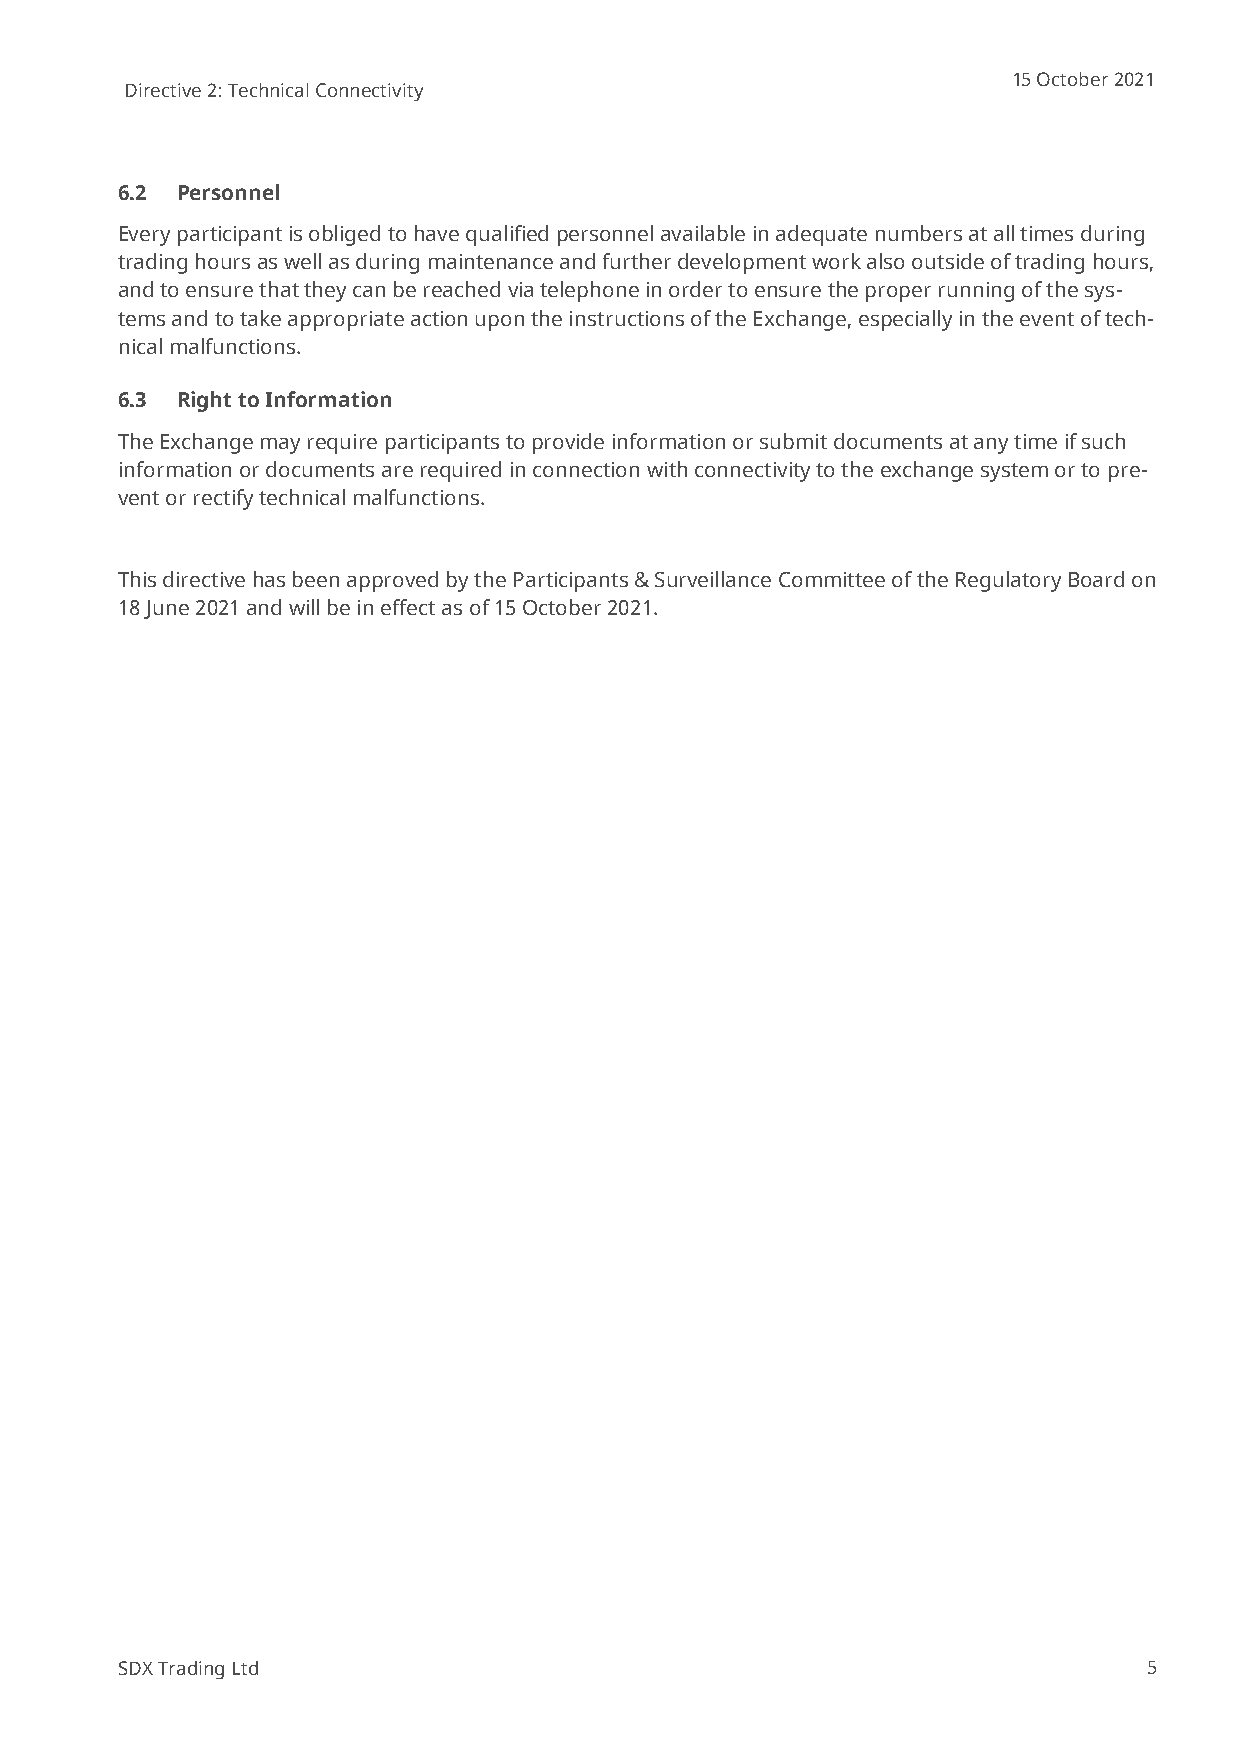
15 October 2021
 Directive 2: Technical Connectivity
 6.2 Personnel
 Every participant is obliged to have qualified personnel available in adequate numbers at all times during
 trading hours as well as during maintenance and further development work also outside of trading hours,
 and to ensure that they can be reached via telephone in order to ensure the proper running of the sys-
 tems and to take appropriate action upon the instructions of the Exchange, especially in the event of tech-
 nical malfunctions.
 6.3 Right to Information
 The Exchange may require participants to provide information or submit documents at any time if such
 information or documents are required in connection with connectivity to the exchange system or to pre-
 vent or rectify technical malfunctions.
 This directive has been approved by the Participants & Surveillance Committee of the Regulatory Board on
 18 June 2021 and will be in effect as of 15 October 2021.
 SDX Trading Ltd                                                     5